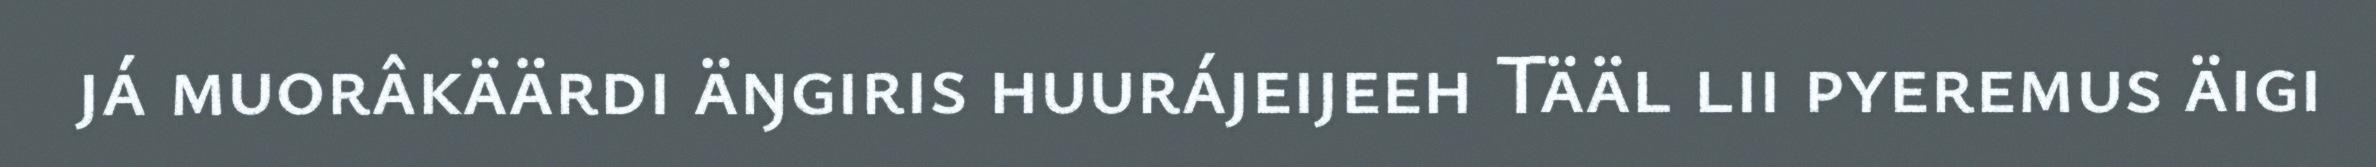
já muorâkäärdi äŋgiris huurájeijeeh Tääl lii pyeremus äigi